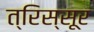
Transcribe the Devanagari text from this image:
त्रिस्सूर